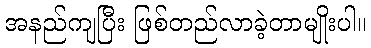
အနည်ကျပြီး ဖြစ်တည်လာခဲ့တာမျိုးပါ။